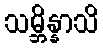
သမ္ဘိန္နာသိ